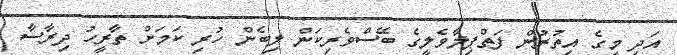
އަދި މީގެ އިތުރުން ފަތްޕިލާވެލީގެ ބޭސްވެރިކަން ލިބެން ހުރި ކަމަށް ތާރީހު ދިރާސާ